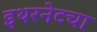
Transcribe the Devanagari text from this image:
इथरनेटचा